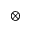
\otimes